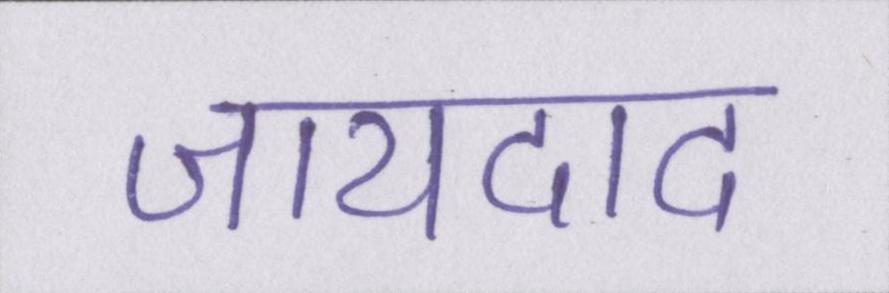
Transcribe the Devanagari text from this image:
जायदाद